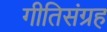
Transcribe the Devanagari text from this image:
गीतिसंग्रह